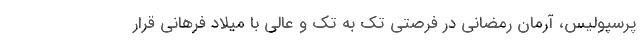
پرسپولیس، آرمان رمضانی در فرصتی تک به تک و عالی با میلاد فرهانی قرار